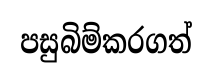
පසුබිම්කරගත්